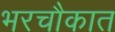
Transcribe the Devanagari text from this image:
भरचौकात